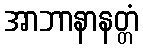
အာဘာနာနတ္တံ